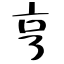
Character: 亨